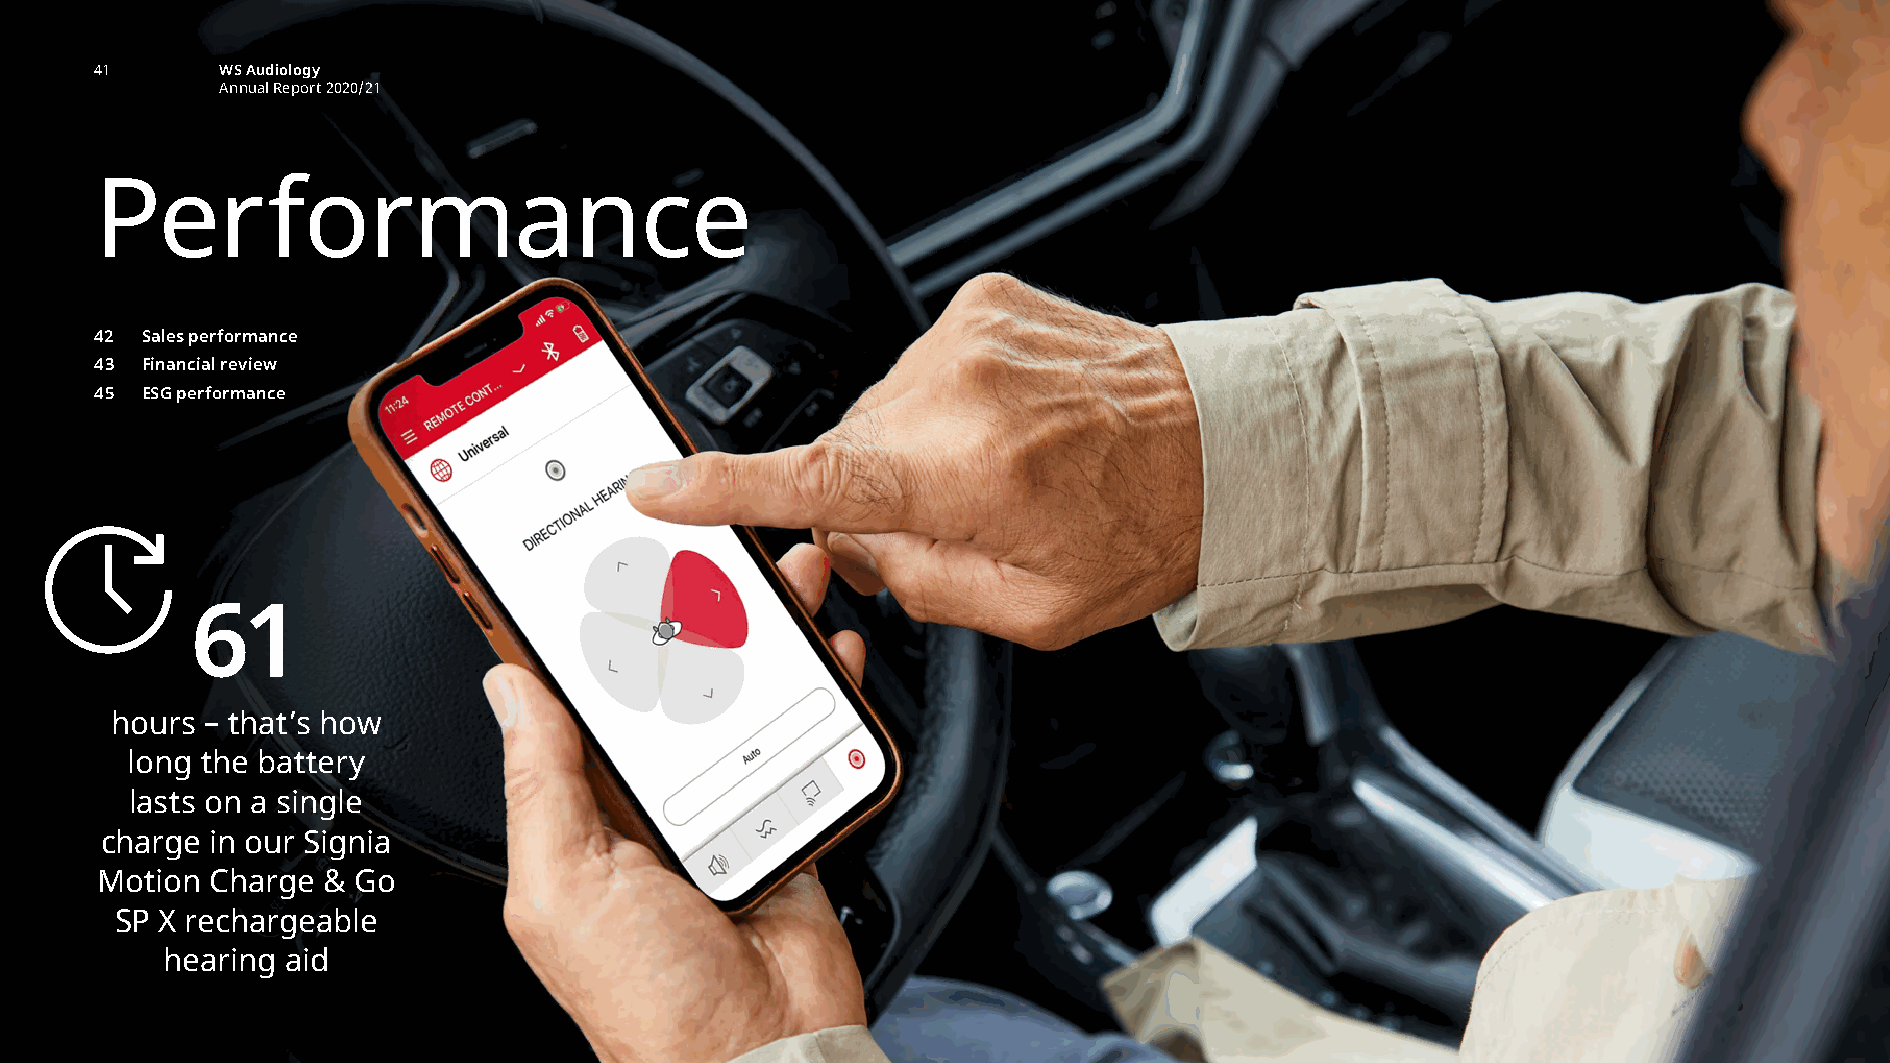
performance intro
 41       WS Audiology
 Annual Report 2020/21
 Performance
 42 Sales performance
 43 Financial review
 45 ESG performance
 61
 hours  – that’s how
 long the battery
 lasts on a single
 charge in our Signia
 Motion  Charge & Go
 SP X rechargeable
 hearing aid